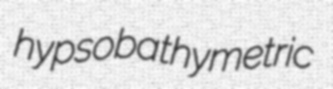
hypsobathymetric